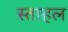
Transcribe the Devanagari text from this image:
स्ताहल